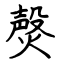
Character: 㷫